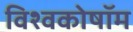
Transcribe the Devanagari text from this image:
विश्वकोषॉम